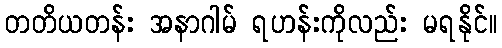
တတိယတန်း အနာဂါမ် ရဟန်းကိုလည်း မရနိုင်။